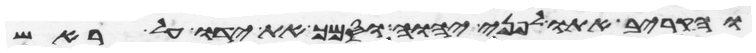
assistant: והקריב אתו לפני יהוה וסמך את ידו על ראש